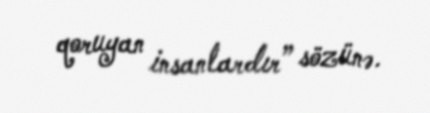
qoruyan insanlardır” sözünə.